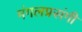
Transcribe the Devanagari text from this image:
मंगलप्रसंगी